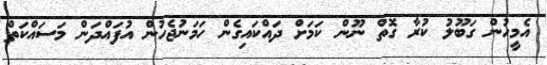
އެމީހުން ގަބޫލު ކުރާ ގޮތް ނޫން ކަމަށް ދައްކައިގެން ހަމަނުޖެހުން އުފައްދަން މަސައްކަތް